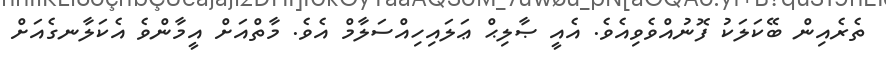
ތެރެއިން ބޭކަލަކު ފޮނުއްވެވިއެވެ. އެއީ ޞާލިޙް ޢަލައިހިއްސަލާމް އެވެ. މާތްއަށް އީމާންވެ އެކަލާނގެއަށް